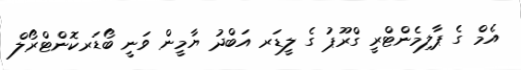
އެމް ގެ ޕާލިމެންޓްރީ ގްރޫޕު ގެ ލީޑަރ އަބްދު ޔާމީން ވަނީ ބޯޑަރކޮންޓްރޯލް